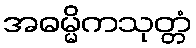
အဓမ္မိကသုတ္တံ